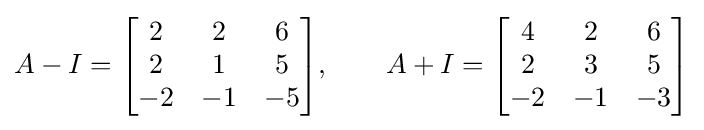
A-I={\begin{bmatrix}2&2&6\\2&1&5\\-2&-1&-5\end{bmatrix}},\qquad A+I={\begin{bmatrix}4&2&6\\2&3&5\\-2&-1&-3\end{bmatrix}}